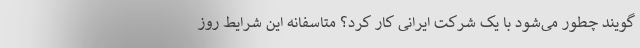
‌گویند چطور می‌شود با یک شرکت ایرانی کار کرد؟ متاسفانه این شرایط روز